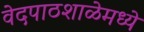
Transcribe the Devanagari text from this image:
वेदपाठशाळेमध्ये